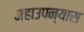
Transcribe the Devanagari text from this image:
महाउपन्यास